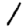
Digit: 1